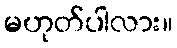
မဟုတ်ပါလား။